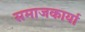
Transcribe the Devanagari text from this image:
समाजकार्या